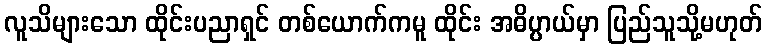
လူသိများသော ထိုင်းပညာရှင် တစ်ယောက်ကမူ ထိုင်း အဓိပ္ပာယ်မှာ ပြည်သူသို့မဟုတ်